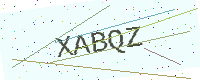
Text: XABQZ